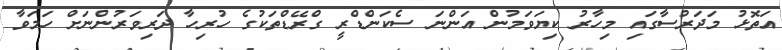
އަތޮޅު މަދަރުސާގައި މިހާރު ކިޔަވަމުން އަންނަ ސެކަންޑްރީ ގްރޭޑްތަކުގެ ހުރިހާ ދަރިވަރުންނަށް ހަމަވާ